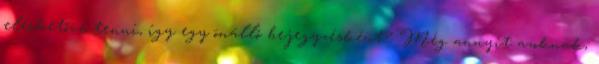
elérhetővé tenni, így egy önálló bejegyzésként? Még annyit azoknak,